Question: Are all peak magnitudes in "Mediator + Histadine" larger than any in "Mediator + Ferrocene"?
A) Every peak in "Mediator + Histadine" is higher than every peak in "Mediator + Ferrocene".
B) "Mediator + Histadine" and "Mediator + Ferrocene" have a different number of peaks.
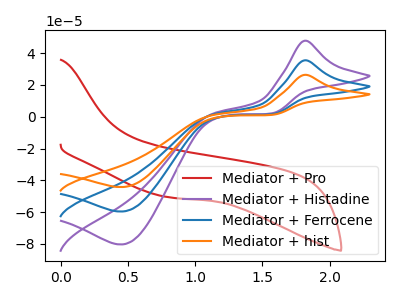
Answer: <think>The red curve "Mediator + Pro" has no peaks. The purple curve "Mediator + Histadine" has an anodic peak at (1.80V, 47.75uA) and a cathodic peak at (0.45V, -80.30uA). The blue curve "Mediator + Ferrocene" has an anodic peak at (1.80V, 35.45uA) and a cathodic peak at (0.45V, -59.60uA). The orange curve "Mediator + hist" has an anodic peak at (1.80V, 70.90uA) and a cathodic peak at (0.45V, -119.25uA).</think>
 <answer>A) Every peak in "Mediator + Histadine" is higher than every peak in "Mediator + Ferrocene".</answer>
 <eval>A</eval>